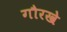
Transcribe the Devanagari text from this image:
गौरखे